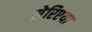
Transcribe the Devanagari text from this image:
सेरिएया